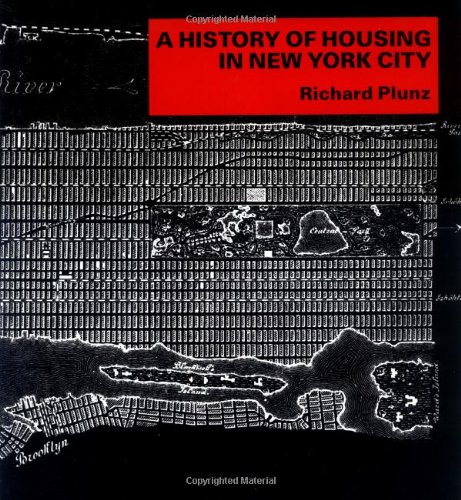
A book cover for A History of Housing in New York City; Richard Plunz; Politics & Social Sciences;